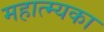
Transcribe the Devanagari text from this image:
महात्म्यका